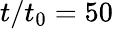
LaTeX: t/t_{0}=50